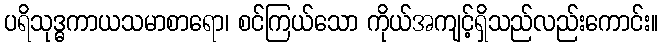
ပရိသုဒ္ဓကာယသမာစာရော၊ စင်ကြယ်သော ကိုယ်အကျင့်ရှိသည်လည်းကောင်း။